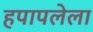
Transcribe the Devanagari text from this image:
हपापलेला